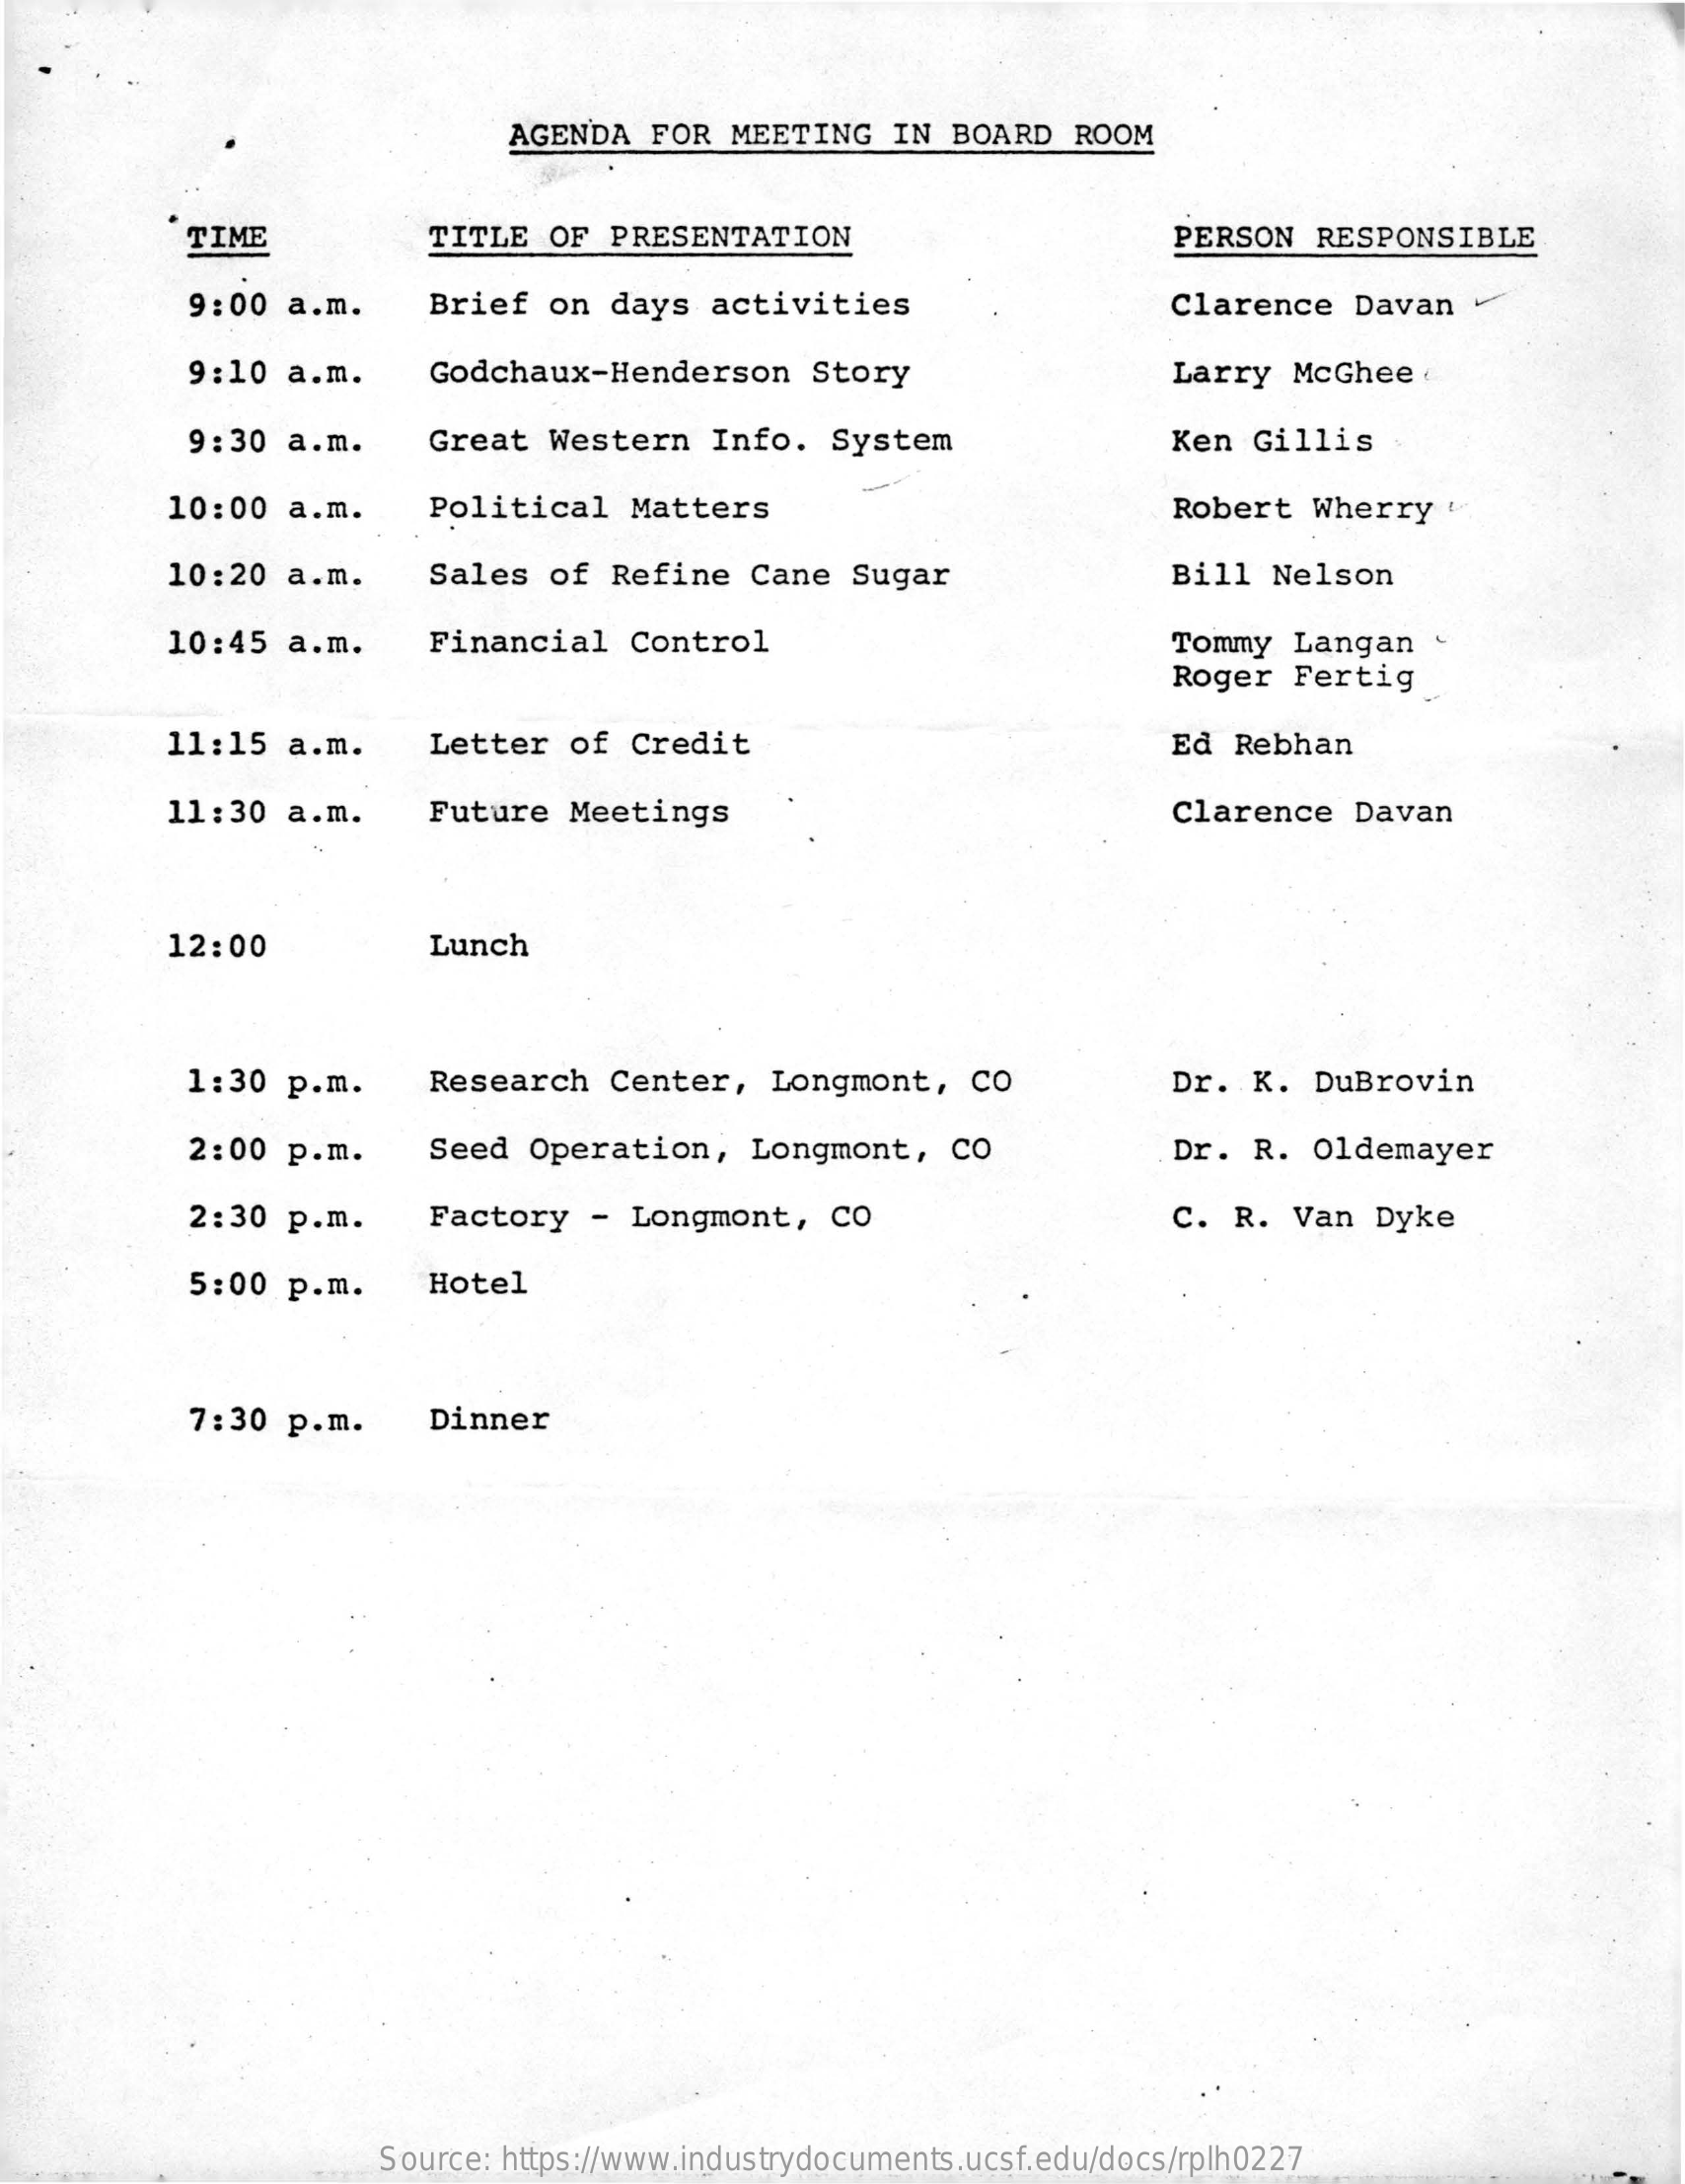
AGENDA  FOR   MEETING   IN  BOARD  ROOM
     TIME    TITLE  OF  PRESENTATION    PERSON   RESPONSIBLE
     9:00  a.m.    Brief   on  days  activities    Clarence   Davan
     9:10  a.m.    Godchaux-Henderson    Story    Larry  McGhee
     9:30  a.m.    Great  Western   Info.   System    Ken  Gillis
     10:00  a.m.    Political    Matters    Robert   Wherry
     10:20  a.m.    Sales  of  Refine   Cane  Sugar    Bill  Nelson
     10:45  a.m.    Financial   Control    Tommy  Langan
     Roger  Fertig
     11:15  a.m.    Letter  of  Credit    Ed Rebhan
     11:30  a.m.    Future  Meetings    Clarence   Davan
     12:00    Lunch
     1:30  p.m.    Research   Center,   Longmont,    CO    Dr.  K.  DuBrovin
     2:00  p.m.    Seed  Operation,    Longmont,    CO    Dr.  R.  Oldemayer
     2:30  p.m.    Factory   - Longmont,    CO    C. R.  Van   Dyke
     5:00  p.m.    Hotel
     7:30  p.m.    Dinner
     Source: https://www.industrydocuments.ucsf.edu/docs/rplh0227